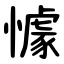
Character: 懅